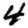
Digit: 4